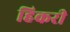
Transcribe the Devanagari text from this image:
हिकरी